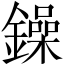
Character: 鐰